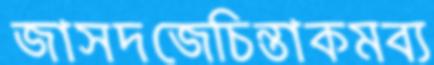
জাসদজেচিন্তাকমব্য